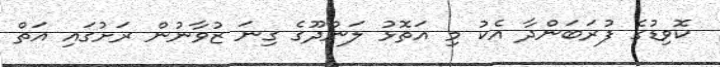
ކޮވިޑުގެ ފުރަބަންދާ އެކު މި އަތޮޅު ލަންދޫގެ ގިނަ ޒުވާނުން ރަށުގައި އަތް